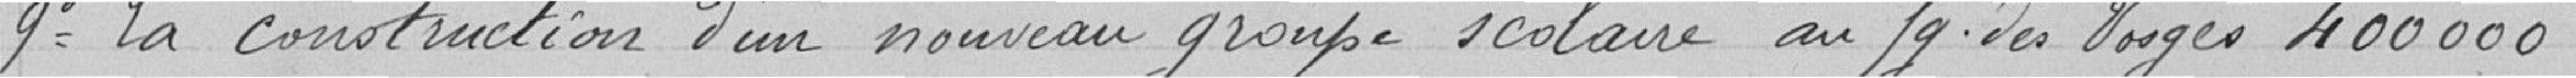
9 La construction d'un nouveau groupe scolaire au faubourg des Vosges 400000